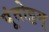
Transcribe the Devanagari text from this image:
पूंतोट्टम्